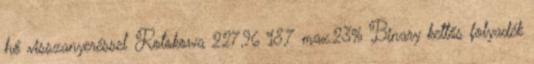
hő visszanyeréssel Rotokowa 227,96 18,7 max.23% Binary kettős folyadék